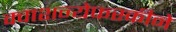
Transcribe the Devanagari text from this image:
क्वाशन्येफस्कीने